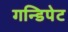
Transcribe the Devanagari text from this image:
गन्डिपेट